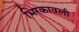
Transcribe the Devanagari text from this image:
भिरकावली